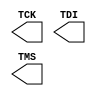
module X_BSCAN_JTAG_MONE2 (
  TCK,
  TDI,
  TMS
);

  parameter LOC = "UNPLACED";

  output TCK;
  output TDI;
  output TMS;


//--####################################################################
//--#####                            Output                          ###
//--####################################################################

  assign TCK     = glbl.JTAG_TCK_GLBL;
  assign TDI     = glbl.JTAG_TDI_GLBL;
  assign TMS     = glbl.JTAG_TMS_GLBL;

  specify
    specparam PATHPULSE$ = 0;
  endspecify

endmodule